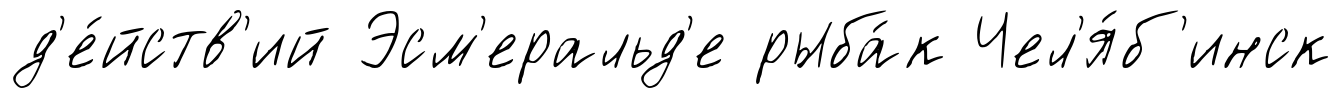
д'е́йств'ий Эсм'еральд'е рыба́к Чел'я́б'инск